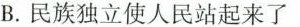
B.民族独立使人民站起来了